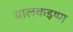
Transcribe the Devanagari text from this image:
बालकइष्ण